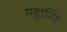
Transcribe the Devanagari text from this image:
महान्पि